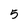
Character: 5